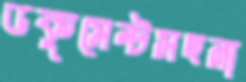
ডকুমেন্টসহনা